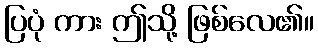
ပြပုံ ကား ဤသို့ ဖြစ်လေ၏။